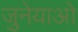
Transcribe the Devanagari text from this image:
जुनेयाओ